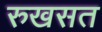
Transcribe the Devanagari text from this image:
रुखसत